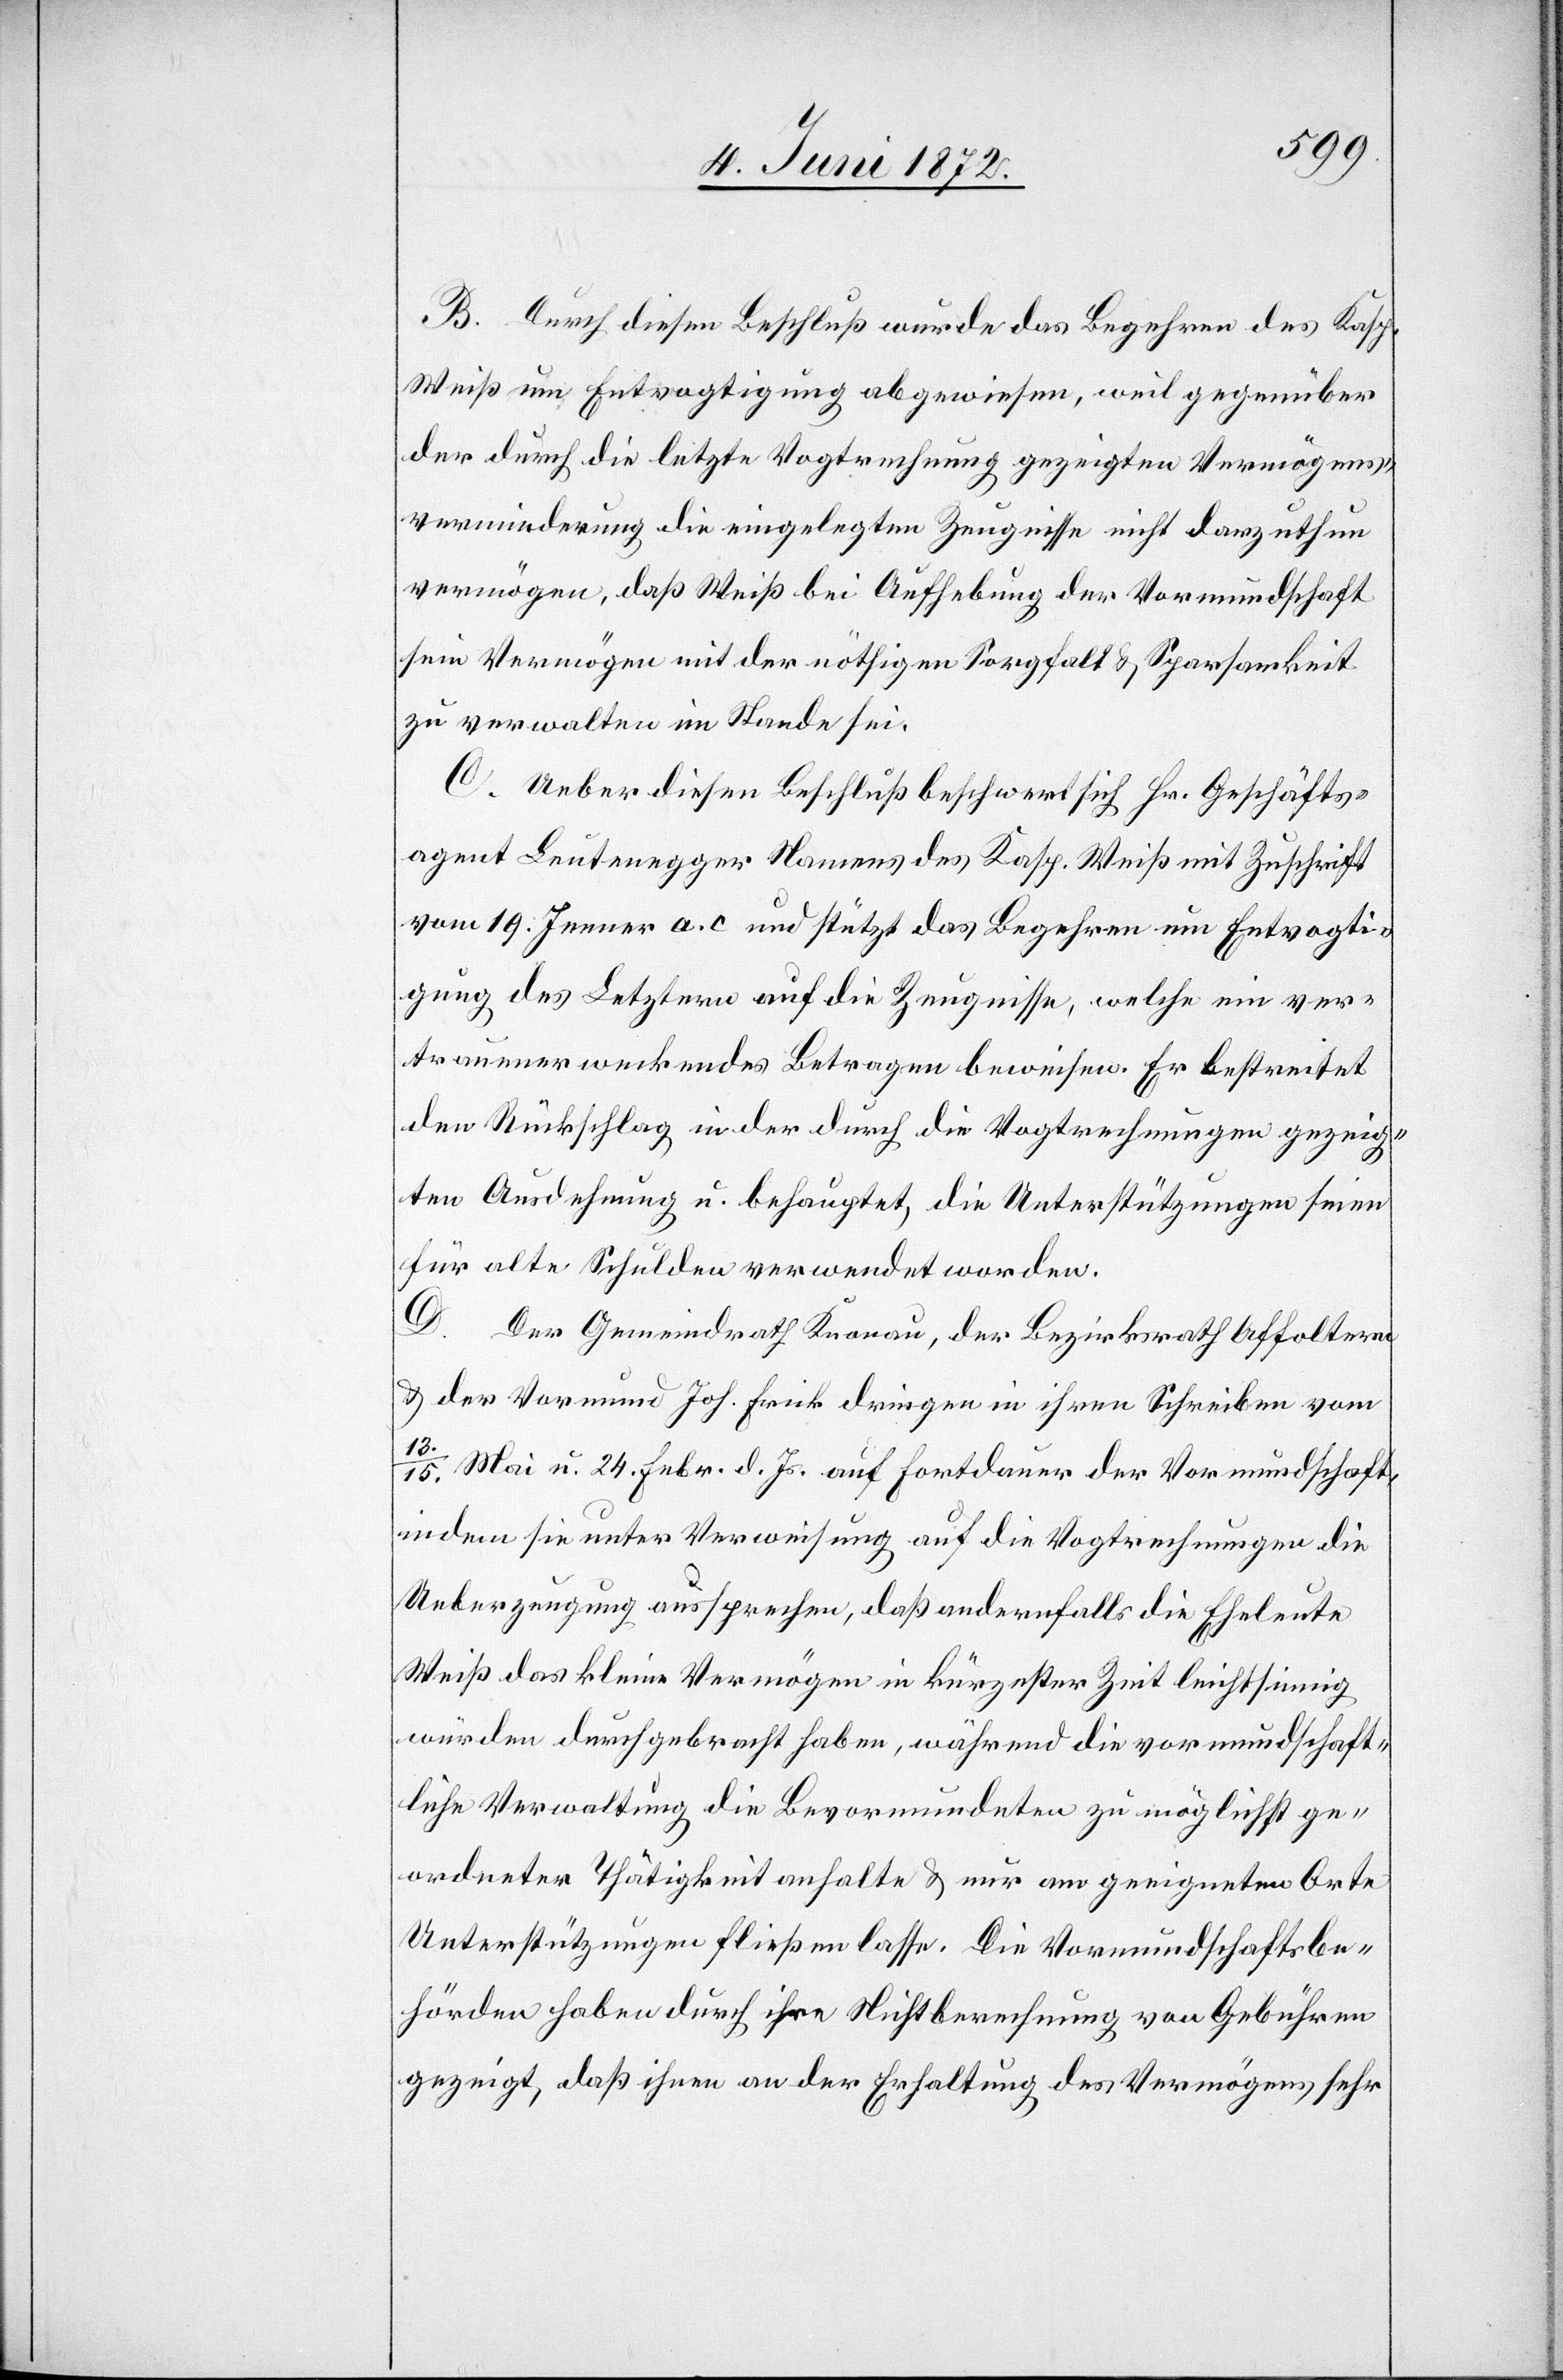
B. Durch diesen Beschluß wurde das Begehren des Kasp.
Weiß um Entvogtigung abgewiesen, weil gegenüber
der durch die letzte Vogtrechnung gezeigten Vermögens¬
verminderung die eingelegten Zeugnisse nicht darzuthun
vermögen, daß Weiß bei Aufhebung der Vormundschaft
sein Vermögen mit der nöthigen Sorgfalt u. Sparsamkeit
zu verwalten im Stande sei.
C. Ueber diesen Beschluß beschwert sich Hr. Geschäfts¬
agent Leutenegger Namens des Kasp. Weiß mit Zuschrift
vom 19. Jenner a. c[.] und stützt das Begehren um Entvogti¬
gung des Letztern auf die Zeugnisse, welche ein ver¬
trauenerweckendes Betragen beweisen. Er bestreitet
den Rückschlag in der durch die Vogtrechnungen gezeig¬
ten Ausdehnung u. behauptet, die Unterstützungen seien
für alte Schulden verwendet worden.
D. Der Gemeindrath Knonau, der Bezirksrath Affoltern
u. der Vormund Joh. Frick dringen in ihren Schreiben vom
13./15. Mai u. 24. Febr. d. Js. auf Fortdauer der Vormundschaft,
indem sie unter Verweisung auf die Vogtrechnungen die
Ueberzeugung aussprechen, daß andernfalls die Eheleute
Weiß das kleine Vermögen in kürzester Zeit leichtsinnig
würden durchgebracht haben, während die vormundschaft¬
liche Verwaltung die Bevormundeten zu möglichst ge¬
ordneter Thätigkeit anhalte u. nur am geeigneten Orte
Unterstützungen fließen lasse. Die Vormundschaftsbe¬
hörden haben durch ihre Nichtberechnung von Gebühren
gezeigt, daß ihnen an der Erhaltung des Vermögens sehr